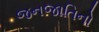
જનજાતિનો